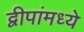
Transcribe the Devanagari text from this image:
द्वीपांमध्ये